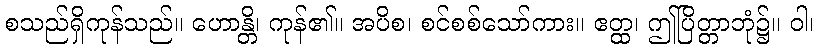
စသည်ရှိကုန်သည်။ ဟောန္တိ၊ ကုန်၏။ အပိစ၊ စင်စစ်သော်ကား။ ဧတ္ထ၊ ဤပြိတ္တာဘုံ၌။ ဝါ၊